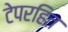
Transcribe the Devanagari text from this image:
टेपरहित